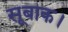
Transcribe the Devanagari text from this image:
सूबाक।